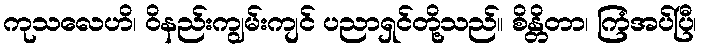
ကုသလေဟိ၊ ဝိနည်းကျွမ်းကျင် ပညာရှင်တို့သည်။ စိန္တိတာ၊ ကြံအပ်ပြီ၊